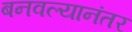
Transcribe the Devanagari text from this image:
बनवल्यानंतर